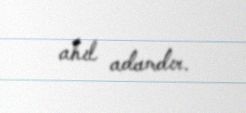
ahıl adamdır.